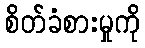
စိတ်ခံစားမှုကို